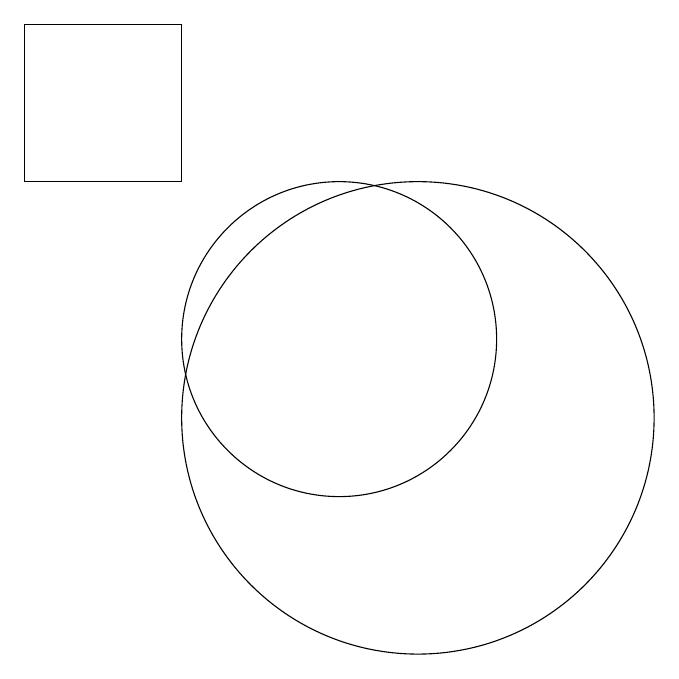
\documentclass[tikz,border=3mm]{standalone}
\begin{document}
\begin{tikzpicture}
\draw (12,10) circle (3);
\draw (11,11) circle (2);
\draw (7,15) rectangle (9,13);
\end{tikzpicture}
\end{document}